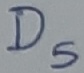
Text: D5